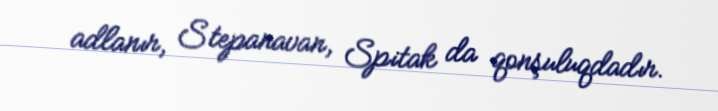
adlanır, Stepanavan, Spitak da qonşuluqdadır.